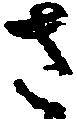
さ